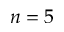
n = 5